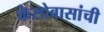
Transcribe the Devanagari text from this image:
केसोबासांची